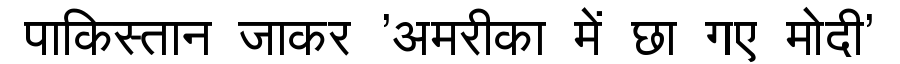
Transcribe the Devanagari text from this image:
पाकिस्तान जाकर 'अमरीका में छा गए मोदी'